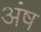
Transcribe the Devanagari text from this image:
अंष